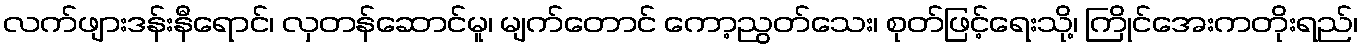
လက်ဖျားဒန်းနီရောင်၊ လှတန်ဆောင်မူ၊ မျက်တောင် ကော့ညွတ်သေး၊ စုတ်ဖြင့်ရေးသို့၊ ကြိုင်အေးကတိုးရည်၊